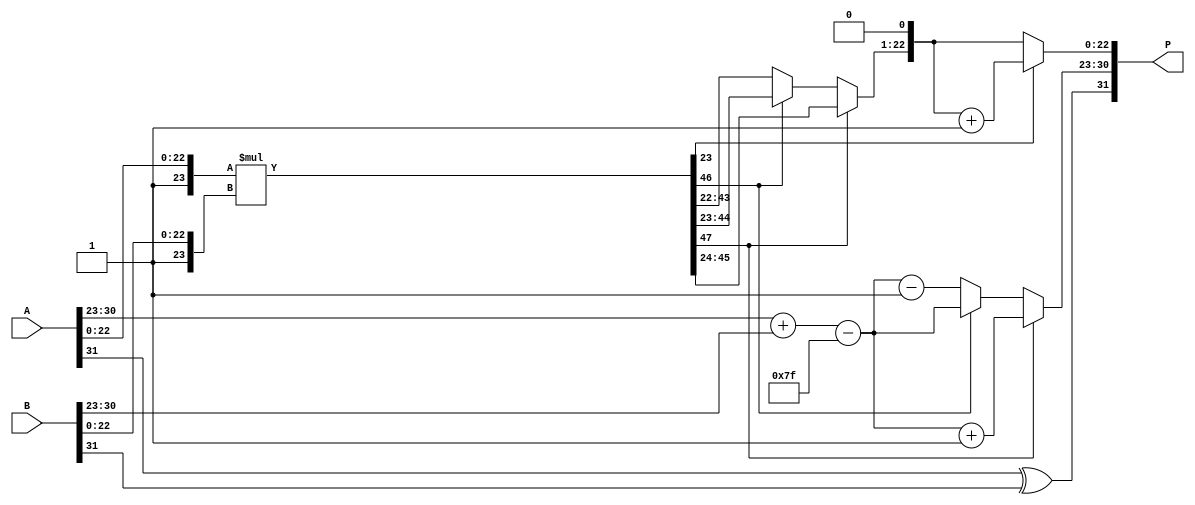
module fp_multiplier (
    input [31:0] A, // First floating-point number
    input [31:0] B, // Second floating-point number
    output reg [31:0] P // Product of A and B
);

    // Internal signals
    wire sign_A = A[31];
    wire sign_B = B[31];
    wire [7:0] exp_A = A[30:23];
    wire [7:0] exp_B = B[30:23];
    wire [22:0] mant_A = A[22:0];
    wire [22:0] mant_B = B[22:0];
    
    wire sign_P; // Result sign
    wire [8:0] exp_P; // Result exponent (extra bit for overflow handling)
    wire [47:0] mant_P; // Product of significands (47 bits for overflow)
    
    // Step 1: Calculate the sign of the product
    assign sign_P = sign_A ^ sign_B;

    // Step 2: Calculate the exponent of the product
    assign exp_P = (exp_A + exp_B - 8'd127); // Remove bias 127

    // Step 3: Calculate the significands (add implicit leading '1')
    wire [23:0] normalized_mant_A = {1'b1, mant_A}; // 1.M_A
    wire [23:0] normalized_mant_B = {1'b1, mant_B}; // 1.M_B
    assign mant_P = normalized_mant_A * normalized_mant_B; // Mantissa multiplication

    // Step 4: Normalize the product significand
    reg [22:0] normalized_significand;
    reg [8:0] final_exp;
    
    always @* begin
        if (mant_P[47]) begin // If leading bit is 1
            normalized_significand = mant_P[46:24]; // Shift right 1
            final_exp = exp_P + 1; // Increment exponent
        end else begin // If leading bit is 0
            normalized_significand = mant_P[45:23]; // Shift right 2
            final_exp = exp_P; // No change in exponent
            // Check for further normalization
            if (!mant_P[46]) begin
                normalized_significand = mant_P[44:22]; // Shift right 3
                final_exp = exp_P - 1; // Decrement exponent
            end
            // Add further checks if needed for multiple shifts
        end
    end

    // Step 5: Rounding (implementing round to nearest even - simplified)
    reg [24:0] rounded_significand; // Include guard bits for rounding
    always @* begin
        rounded_significand = {normalized_significand, 1'b0}; // Append a zero for rounding
        if (mant_P[23]) // Check the "round up" condition
            rounded_significand = rounded_significand + 1;
        // Apply final rounding logic to comply with IEEE 754 rules
    end

    // Step 6: Handle output packaging
    always @* begin
        P[31] = sign_P; // Set sign
        P[30:23] = final_exp[7:0]; // Set exponent
        P[22:0] = rounded_significand[22:0]; // Set significand
    end

endmodule